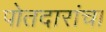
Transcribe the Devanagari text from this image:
पोतदारांचा